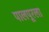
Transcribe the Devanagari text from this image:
पालपूरला